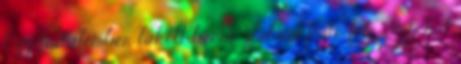
Egy fiatalember lakott benne. Valami festő féle. Igy hát